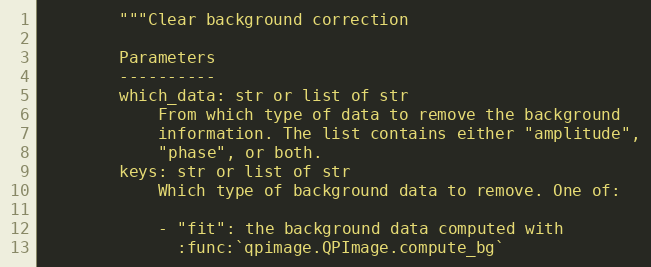
Language: Python
        """Clear background correction

        Parameters
        ----------
        which_data: str or list of str
            From which type of data to remove the background
            information. The list contains either "amplitude",
            "phase", or both.
        keys: str or list of str
            Which type of background data to remove. One of:

            - "fit": the background data computed with
              :func:`qpimage.QPImage.compute_bg`